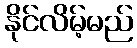
နိုင်လိမ့်မည်